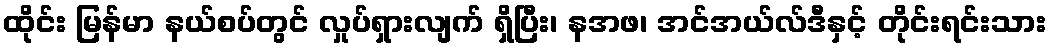
ထိုင်း မြန်မာ နယ်စပ်တွင် လှုပ်ရှားလျက် ရှိပြီး၊ နအဖ၊ အင်အယ်လ်ဒီနှင့် တိုင်းရင်းသား